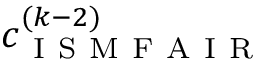
c _ { \mathrm { ~ I ~ S ~ M ~ F ~ A ~ I ~ R ~ } } ^ { ( k - 2 ) }